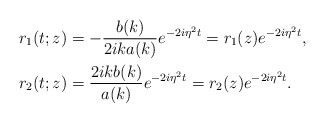
\begin{align*}&r_1(t;z)=-\frac{b(k)}{2ik a(k)}e^{-2i\eta^2 t} = r_{1 }( z)e^{-2i\eta^2 t}, \\& r_2(t;z)=\frac{2ikb(k)}{a(k)}e^{-2i\eta^2 t}= r_{2 }( z)e^{-2i\eta^2 t}. \end{align*}